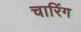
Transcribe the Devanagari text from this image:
चारिंग